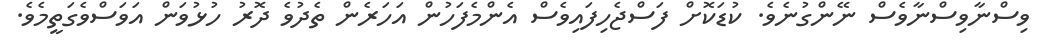
ވިސްނާވިސްނާވެސް ނޭންގުނެވެ. ކުޑަކޮށް ފަސްޖެހިފައިވެސް އެންމެފަހުން އަހަރެން ތެދުވެ ދޮރު ހުޅުވަން އަވަސްވެގަތީމެވެ.